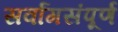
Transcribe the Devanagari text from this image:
सर्वांगसंपूर्ण